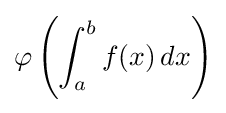
\varphi \left(\int _{a}^{b}f(x)\,dx\right)